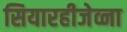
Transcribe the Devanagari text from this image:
सियारहीजेव्ना